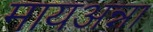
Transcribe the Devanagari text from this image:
मायअन्ना